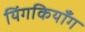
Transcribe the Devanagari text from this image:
यिंगकियाँग